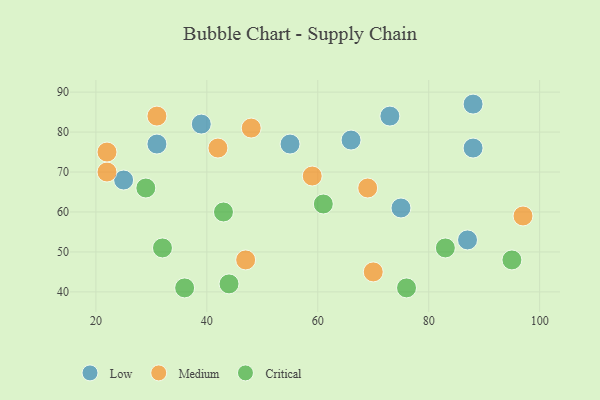
{"axis": {"x": "GDP", "y": "Life Expectancy"}, "legend": ["Critical", "Low", "Medium"], "data": [{"x": "88", "y": 76, "type": "Low"}, {"x": "88", "y": 87, "type": "Low"}, {"x": "31", "y": 77, "type": "Low"}, {"x": "66", "y": 78, "type": "Low"}, {"x": "55", "y": 77, "type": "Low"}, {"x": "39", "y": 82, "type": "Low"}, {"x": "87", "y": 53, "type": "Low"}, {"x": "25", "y": 68, "type": "Low"}, {"x": "75", "y": 61, "type": "Low"}, {"x": "73", "y": 84, "type": "Low"}, {"x": "97", "y": 59, "type": "Medium"}, {"x": "59", "y": 69, "type": "Medium"}, {"x": "70", "y": 45, "type": "Medium"}, {"x": "31", "y": 84, "type": "Medium"}, {"x": "22", "y": 70, "type": "Medium"}, {"x": "42", "y": 76, "type": "Medium"}, {"x": "69", "y": 66, "type": "Medium"}, {"x": "47", "y": 48, "type": "Medium"}, {"x": "22", "y": 75, "type": "Medium"}, {"x": "48", "y": 81, "type": "Medium"}, {"x": "44", "y": 42, "type": "Critical"}, {"x": "29", "y": 66, "type": "Critical"}, {"x": "36", "y": 41, "type": "Critical"}, {"x": "32", "y": 51, "type": "Critical"}, {"x": "95", "y": 48, "type": "Critical"}, {"x": "83", "y": 51, "type": "Critical"}, {"x": "43", "y": 60, "type": "Critical"}, {"x": "61", "y": 62, "type": "Critical"}, {"x": "76", "y": 41, "type": "Critical"}]}